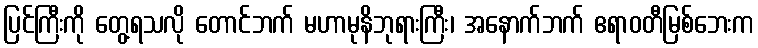
ပြင်ကြီးကို တွေ့ရသလို တောင်ဘက် မဟာမုနိဘုရားကြီး၊ အနောက်ဘက် ဧရာဝတီမြစ်ဘေးက